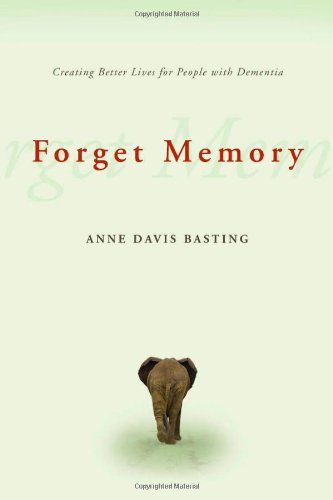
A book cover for Forget Memory: Creating Better Lives for People with Dementia; Anne Davis Basting; Health, Fitness & Dieting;